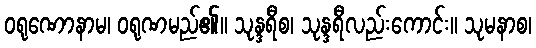
ဝရုဏောနာမ၊ ဝရုဏမည်၏။ သုန္ဒရီစ၊ သုန္ဒရီလည်းကောင်း။ သုမနာစ၊